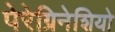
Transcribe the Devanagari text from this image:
पेरेग्रिनेशियो